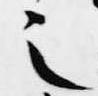
之